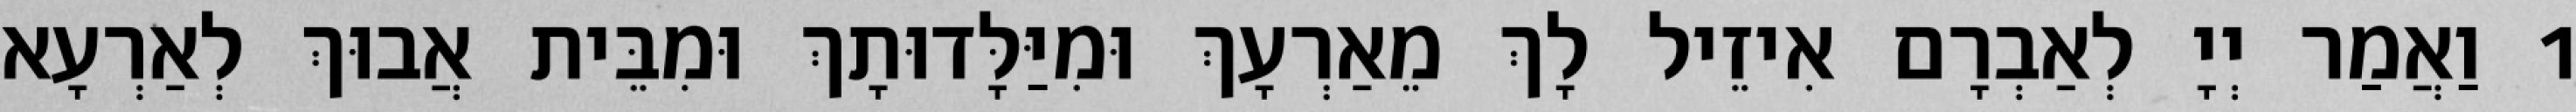
1 וַאֲמַר יְיָ לְאַבְרָם אִיזֵיל לָךְ מֵאַרְעָךְ וּמִיַּלָּדוּתָךְ וּמִבֵּית אֲבוּךְ לְאַרְעָא